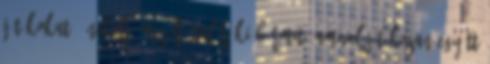
játékokat. Énekelj, mesélj, találj ki bármit, amivel játékosan együtt